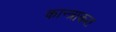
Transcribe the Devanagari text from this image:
कान्त्राकत